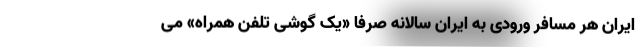
ایران هر مسافر ورودی به ایران سالانه صرفا «یک گوشی تلفن همراه» می